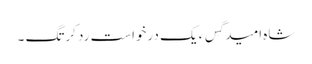
شاہ امید گِس ءَ یک درخواست رد کرتگ ۔